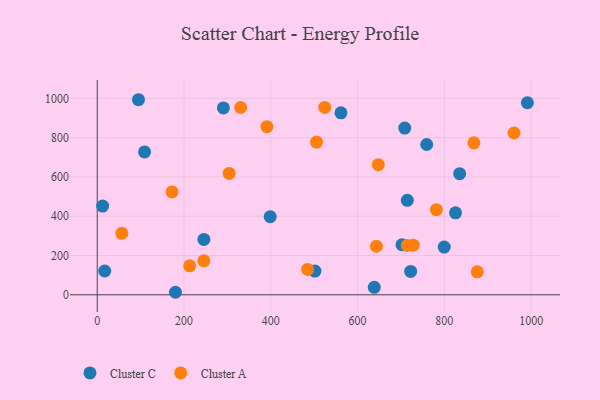
{"axis": {"x": "Price", "y": "Fuel Efficiency"}, "legend": ["Cluster A", "Cluster C"], "data": [{"x": "12.4", "y": 451.9, "type": "Cluster C"}, {"x": "708.7", "y": 848.6, "type": "Cluster C"}, {"x": "290.7", "y": 951.5, "type": "Cluster C"}, {"x": "398.6", "y": 397.8, "type": "Cluster C"}, {"x": "759.3", "y": 765.1, "type": "Cluster C"}, {"x": "109.1", "y": 727.5, "type": "Cluster C"}, {"x": "722.3", "y": 119.0, "type": "Cluster C"}, {"x": "561.7", "y": 926.3, "type": "Cluster C"}, {"x": "991.3", "y": 977.6, "type": "Cluster C"}, {"x": "799.6", "y": 243.1, "type": "Cluster C"}, {"x": "17.2", "y": 121.0, "type": "Cluster C"}, {"x": "702.3", "y": 254.8, "type": "Cluster C"}, {"x": "825.7", "y": 417.2, "type": "Cluster C"}, {"x": "638.4", "y": 37.9, "type": "Cluster C"}, {"x": "245.8", "y": 282.1, "type": "Cluster C"}, {"x": "501.7", "y": 120.7, "type": "Cluster C"}, {"x": "714.6", "y": 480.8, "type": "Cluster C"}, {"x": "180.2", "y": 12.8, "type": "Cluster C"}, {"x": "95.0", "y": 993.1, "type": "Cluster C"}, {"x": "835.2", "y": 616.5, "type": "Cluster C"}, {"x": "728.3", "y": 252.5, "type": "Cluster A"}, {"x": "714.6", "y": 251.1, "type": "Cluster A"}, {"x": "391.0", "y": 856.1, "type": "Cluster A"}, {"x": "330.5", "y": 953.5, "type": "Cluster A"}, {"x": "213.0", "y": 147.5, "type": "Cluster A"}, {"x": "524.2", "y": 954.0, "type": "Cluster A"}, {"x": "505.3", "y": 777.7, "type": "Cluster A"}, {"x": "781.6", "y": 433.3, "type": "Cluster A"}, {"x": "484.8", "y": 129.3, "type": "Cluster A"}, {"x": "875.7", "y": 116.7, "type": "Cluster A"}, {"x": "172.5", "y": 523.7, "type": "Cluster A"}, {"x": "56.7", "y": 312.8, "type": "Cluster A"}, {"x": "303.9", "y": 618.1, "type": "Cluster A"}, {"x": "647.7", "y": 662.4, "type": "Cluster A"}, {"x": "643.4", "y": 247.2, "type": "Cluster A"}, {"x": "960.5", "y": 823.8, "type": "Cluster A"}, {"x": "868.1", "y": 773.5, "type": "Cluster A"}, {"x": "245.7", "y": 172.7, "type": "Cluster A"}]}